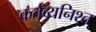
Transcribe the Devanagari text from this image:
कर्तव्यनिश्त